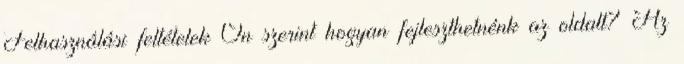
Felhasználási feltételek Ön szerint hogyan fejleszthetnénk az oldalt? Az